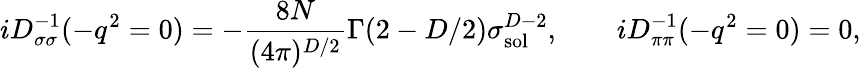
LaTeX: iD_{\sigma\sigma}^{-1}(-q^{2}=0)=-\frac{8N}{(4\pi)^{D/2}}\Gamma(2-D/2)\sigma_{\mathrm{sol}}^{D-2},\qquad iD_{\pi\pi}^{-1}(-q^{2}=0)=0,